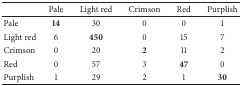
<table><thead><tr><td><b> </b></td><td><b>Pale</b></td><td><b>Light red</b></td><td><b>Crimson</b></td><td><b>Red</b></td><td><b>Purplish</b></td></tr></thead><tbody><tr><td>Pale</td><td><b>14</b></td><td>30</td><td>0</td><td>0</td><td>1</td></tr><tr><td>Light red</td><td>6</td><td><b>450</b></td><td>0</td><td>15</td><td>7</td></tr><tr><td>Crimson</td><td>0</td><td>20</td><td><b>2</b></td><td>11</td><td>2</td></tr><tr><td>Red</td><td>0</td><td>57</td><td>3</td><td><b>47</b></td><td>0</td></tr><tr><td>Purplish</td><td>1</td><td>29</td><td>2</td><td>1</td><td><b>30</b></td></tr></tbody></table>